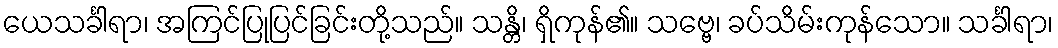
ယေသင်္ခါရာ၊ အကြင်ပြုပြင်ခြင်းတို့သည်။ သန္တိ၊ ရှိကုန်၏။ သဗ္ဗေ၊ ခပ်သိမ်းကုန်သော။ သင်္ခါရာ၊